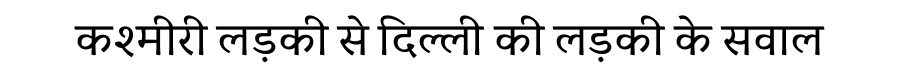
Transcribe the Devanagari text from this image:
कश्मीरी लड़की से दिल्ली की लड़की के सवाल